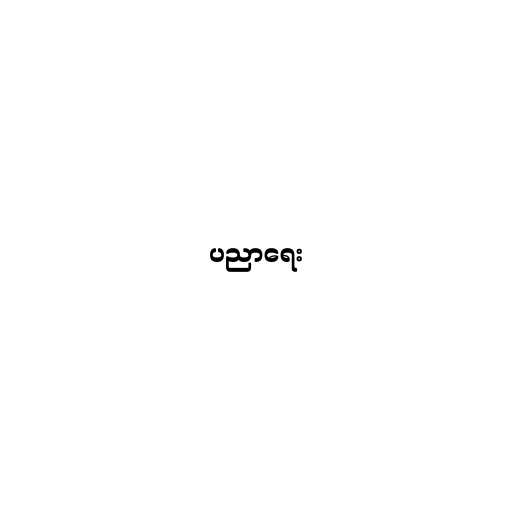
ပညာရေး